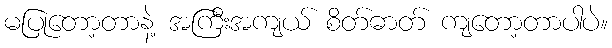
မပြုတော့တာနဲ့ အကြီးအကျယ် စိတ်ဓာတ် ကျတော့တာပါပဲ။